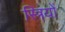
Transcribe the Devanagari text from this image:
स्त्रियों